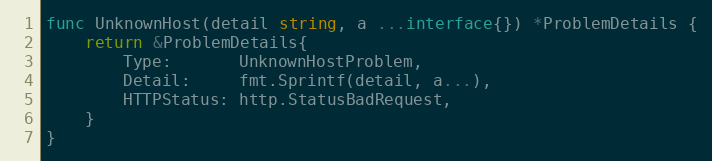
Language: Go
func UnknownHost(detail string, a ...interface{}) *ProblemDetails {
	return &ProblemDetails{
		Type:       UnknownHostProblem,
		Detail:     fmt.Sprintf(detail, a...),
		HTTPStatus: http.StatusBadRequest,
	}
}